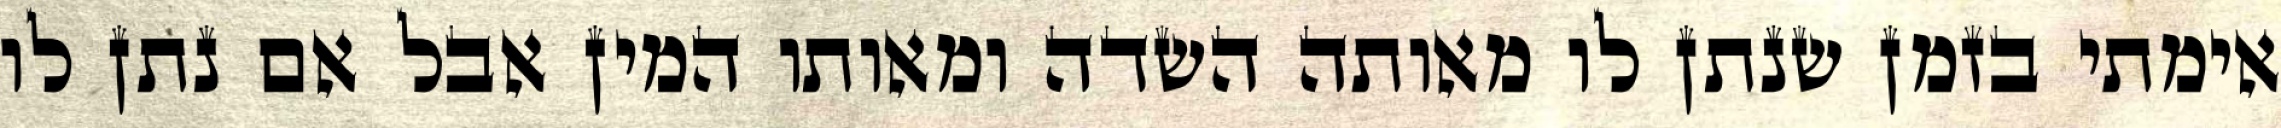
אימתי בזמן שנתן לו מאותה השדה ומאותו המין אבל אם נתן לו